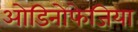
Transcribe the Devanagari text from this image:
ओडिनोफेजिया